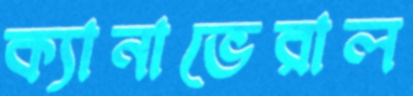
ক্যানাভেরাল